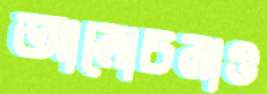
আলোচনাও